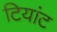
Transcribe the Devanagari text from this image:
टियांट